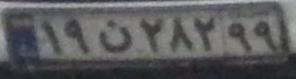
۱۹ن۲۸۲۹۹